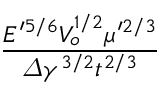
\frac { E ^ { \prime 5 / 6 } V _ { o } ^ { 1 / 2 } \mu ^ { \prime 2 / 3 } } { \varDelta \gamma ^ { 3 / 2 } t ^ { 2 / 3 } }